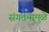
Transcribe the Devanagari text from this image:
संगठनामुळे